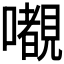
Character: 𭌎